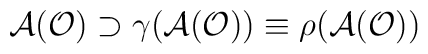
{\cal A}({\cal O}) \supset \gamma ({\cal A}({\cal O}))  \equiv \rho ({\cal A}({\cal O}))